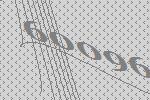
60096